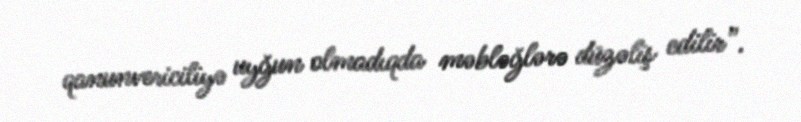
qanunvericiliyə uyğun olmadıqda məbləğlərə düzəliş edilir”.